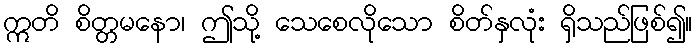
ဣတိ စိတ္တမနော၊ ဤသို့ သေစေလိုသော စိတ်နှလုံး ရှိသည်ဖြစ်၍။